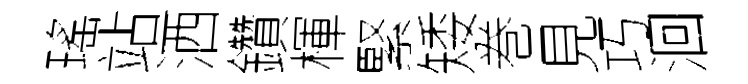
瑤站洒鑽楎緊矮巻見巧洄